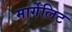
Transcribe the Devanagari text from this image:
मार्गेलिट